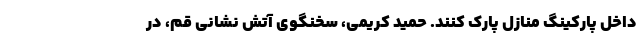
داخل پارکینگ منازل پارک کنند. حمید کریمی، سخنگوی آتش نشانی قم، در